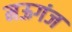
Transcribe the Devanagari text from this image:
मऊगंज